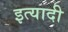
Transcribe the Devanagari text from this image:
इत्यादी